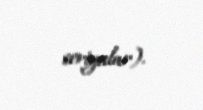
seriyalar).